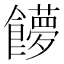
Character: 𩟞